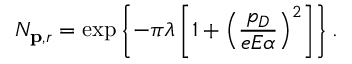
N _ { { \bf p } , r } = \exp \left\{ - \pi \lambda \left[ 1 + \left( \frac { p _ { D } } { e E \alpha } \right) ^ { 2 } \right] \right\} .